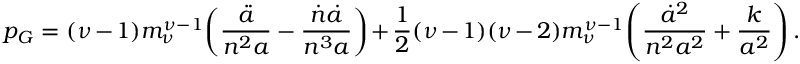
p _ { G } = ( \nu - 1 ) m _ { \nu } ^ { \nu - 1 } \! \left( \frac { \ddot { a } } { n ^ { 2 } a } - \frac { \dot { n } \dot { a } } { n ^ { 3 } a } \right) + \frac { 1 } { 2 } ( \nu - 1 ) ( \nu - 2 ) m _ { \nu } ^ { \nu - 1 } \! \left( \frac { \dot { a } ^ { 2 } } { n ^ { 2 } a ^ { 2 } } + \frac { k } { a ^ { 2 } } \right) .